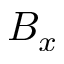
B _ { x }